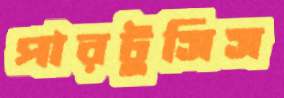
পারটুসিস